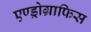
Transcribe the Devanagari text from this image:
एण्ड्रोग्राफिस